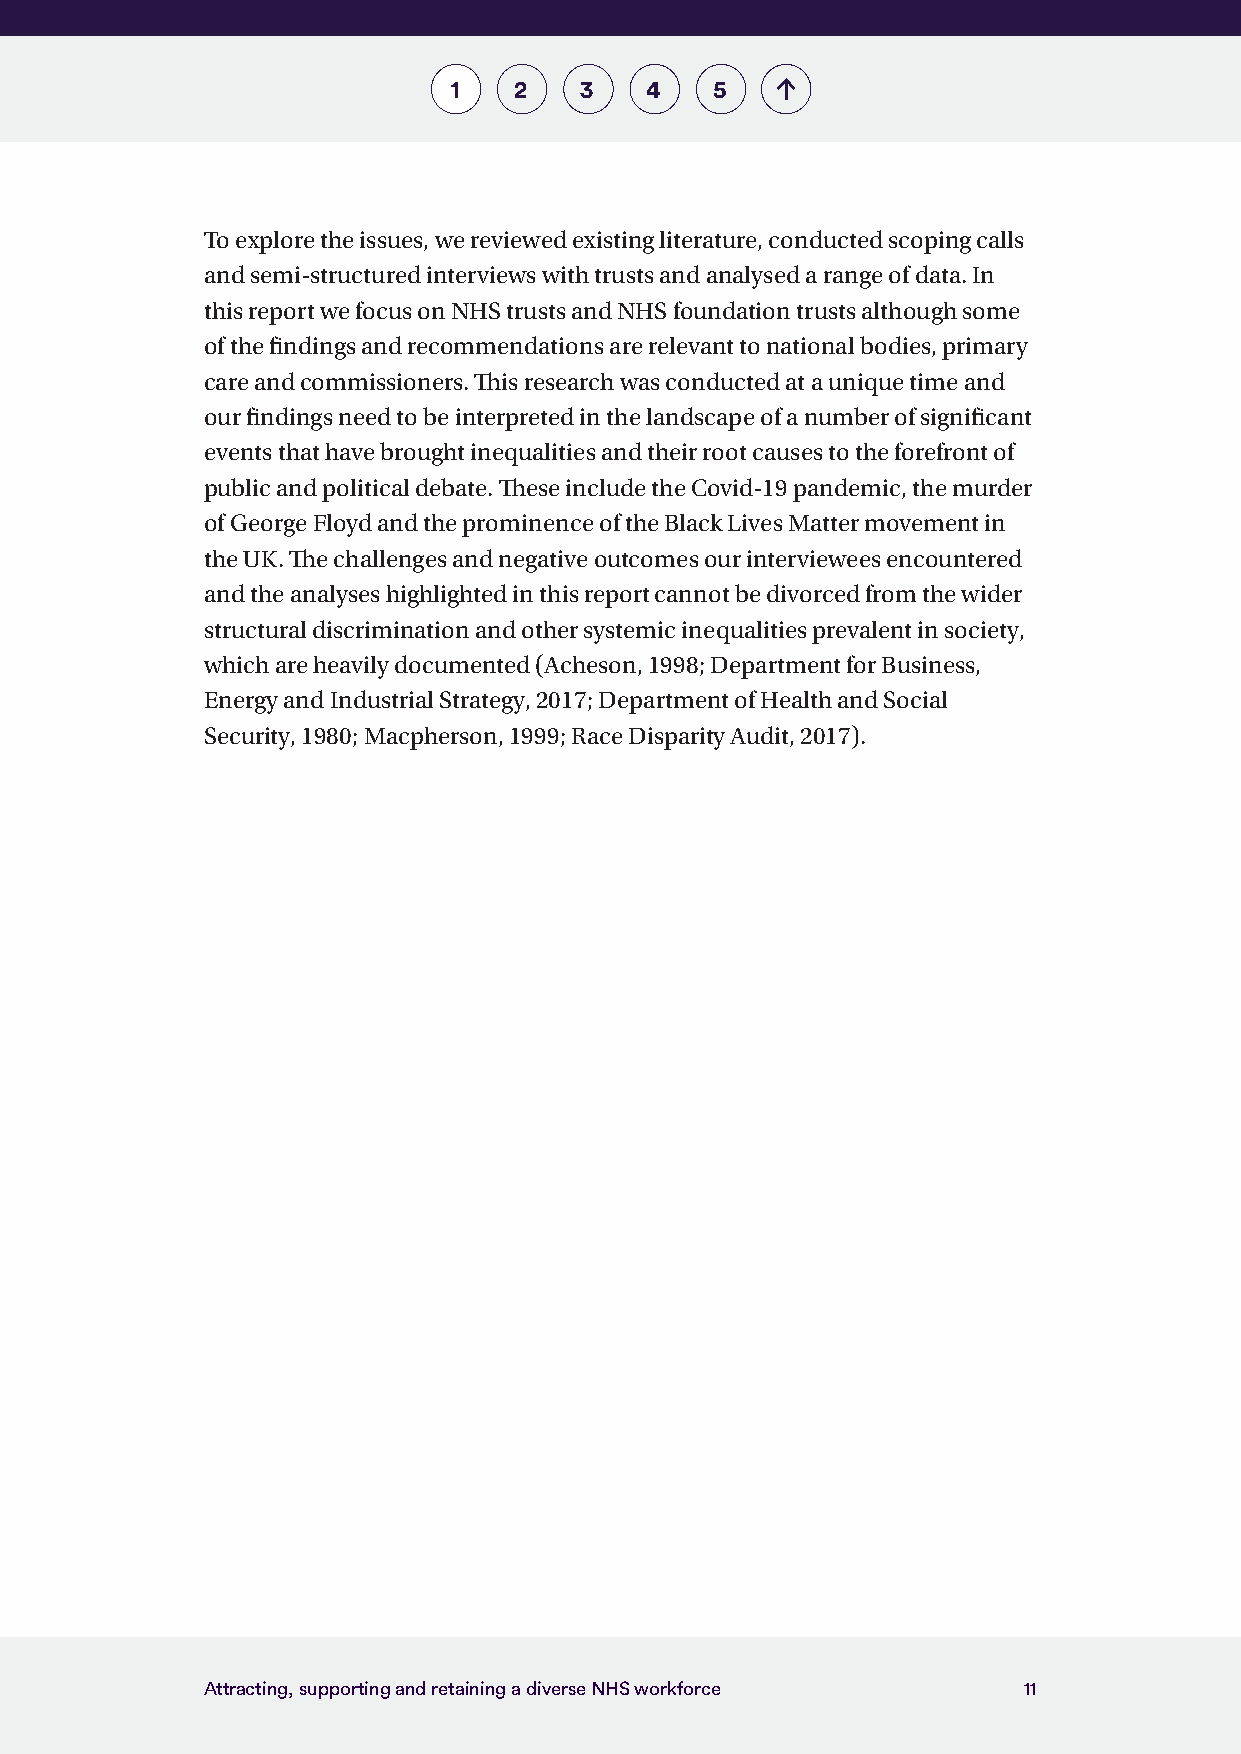
1   2   3    4   5
 To explore the issues, we reviewed existing literature, conducted scoping calls
 and semi-structured interviews with trusts and analysed a range of data. In
 this report we focus on NHS trusts and NHS foundation trusts although some
 of the findings and recommendations are relevant to national bodies, primary
 care and commissioners. This research was conducted at a unique time and
 our findings need to be interpreted in the landscape of a number of significant
 events that have brought inequalities and their root causes to the forefront of
 public and political debate. These include the Covid-19 pandemic, the murder
 of George Floyd and the prominence of the Black Lives Matter movement in
 the UK. The challenges and negative outcomes our interviewees encountered
 and the analyses highlighted in this report cannot be divorced from the wider
 structural discrimination and other systemic inequalities prevalent in society,
 which are heavily documented (Acheson, 1998; Department for Business,
 Energy and Industrial Strategy, 2017; Department of Health and Social
 Security, 1980; Macpherson, 1999; Race Disparity Audit, 2017).
 Attracting, supporting and retaining a diverse NHS workforce 11